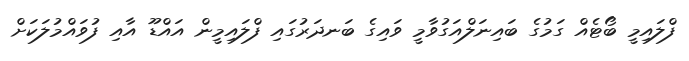
ފްލައިމީ ބޯޓެއް ގަމުގެ ބައިނަލްއަގުވާމީ ވައިގެ ބަނދަރުގައި ފްލައިމީން އައްޑޫ އާއި ފުވައްމުލަކަށް